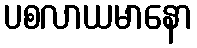
ပစလာယမာနော